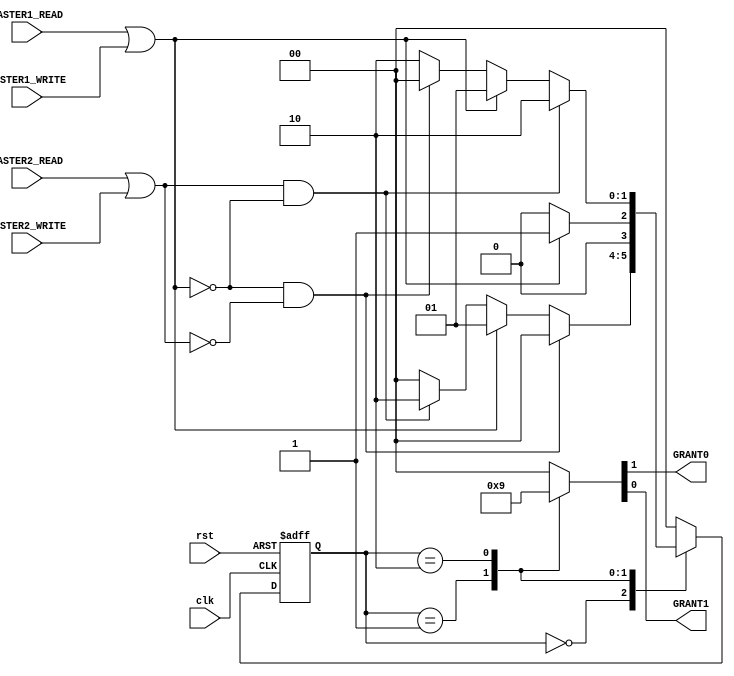
/////////////////////////////////////////////
// A simple arbiter for internal bus       //
//     2 priority grants:                  //
//     GRANT0 has higher priority          //
//     GRANT1 has lower  priority          //
/////////////////////////////////////////////
`timescale 1ns/1ns
module arbiter (
    input clk,
    input rst,
    input MASTER1_READ,
    input MASTER2_READ,
    input MASTER1_WRITE,
    input MASTER2_WRITE,
    output GRANT0,
    output GRANT1
);

    localparam [1:0] G0barG1bar = 2'b00;
    localparam [1:0] G0G1bar = 2'b01;
    localparam [1:0] G0barG1 = 2'b10;

    reg [1:0] ps, ns;

    always @(posedge clk, posedge rst) begin
        if (rst)
            ps <= G0barG1bar;
        else
            ps <= ns;
    end

    wire M1;
    wire M2;
    assign M1 = (MASTER1_READ | MASTER1_WRITE);
    assign M2 = (MASTER2_READ | MASTER2_WRITE);
    always @(ps, M1, M2, MASTER1_READ, MASTER2_READ, MASTER1_WRITE, MASTER2_WRITE) begin
        case (ps)
            G0barG1bar: ns <= ((~M1 && ~M2) ? G0barG1bar : ((M1) ? G0G1bar : ((M2 && ~M1) ? G0barG1 : G0barG1bar)));
            G0G1bar: ns <= (~M1) ? G0barG1bar : G0G1bar;
            G0barG1: ns <= ((M2 && ~M1) ? G0barG1 : ((M1) ? G0G1bar : ((~M1 && ~M2) ? G0barG1bar : G0barG1)));
            default: ns <= G0barG1bar;
        endcase
    end

    reg G0;
    reg G1;
    always @(ps, M1, M2, MASTER1_READ, MASTER2_READ, MASTER1_WRITE, MASTER2_WRITE) begin
        {G0, G1} = 2'b00;
        case (ps)
            G0barG1bar: {G0, G1} = 2'b00;
            G0G1bar: {G0, G1} = 2'b10;
            G0barG1: {G0, G1} = 2'b01;
            default: {G0, G1} = 2'b00;
        endcase
    end

    assign GRANT0 = G0;
    assign GRANT1 = G1;

endmodule